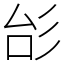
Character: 㣍